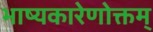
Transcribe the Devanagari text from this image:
भाष्यकारेणोक्तम्